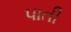
પાતી